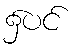
၌ပင်